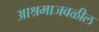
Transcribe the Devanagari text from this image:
आश्रमाजवळील